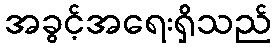
အခွင့်အရေးရှိသည်